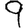
Digit: 9